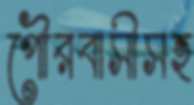
পৌরবাসীসহ